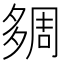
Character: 㚋